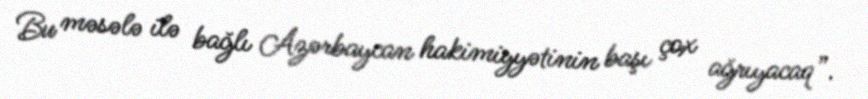
Bu məsələ ilə bağlı Azərbaycan hakimiyyətinin başı çox ağrıyacaq”.